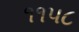
૧૧૫૮